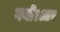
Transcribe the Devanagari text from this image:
गयी।आर